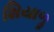
શિયાળૢ